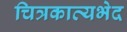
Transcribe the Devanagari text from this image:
चित्रकाव्यभेद